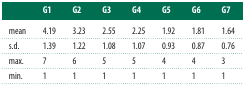
|  | G1 | G2 | G3 | G4 | G5 | G6 | G7 |
 | --- | --- | --- | --- | --- | --- | --- | --- |
 | mean | 4.19 | 3.23 | 2.55 | 2.25 | 1.92 | 1.81 | 1.64 |
 | s.d. | 1.39 | 1.22 | 1.08 | 1.07 | 0.93 | 0.87 | 0.76 |
 | max. | 7 | 6 | 5 | 5 | 4 | 4 | 3 |
 | min. | 1 | 1 | 1 | 1 | 1 | 1 | 1 |